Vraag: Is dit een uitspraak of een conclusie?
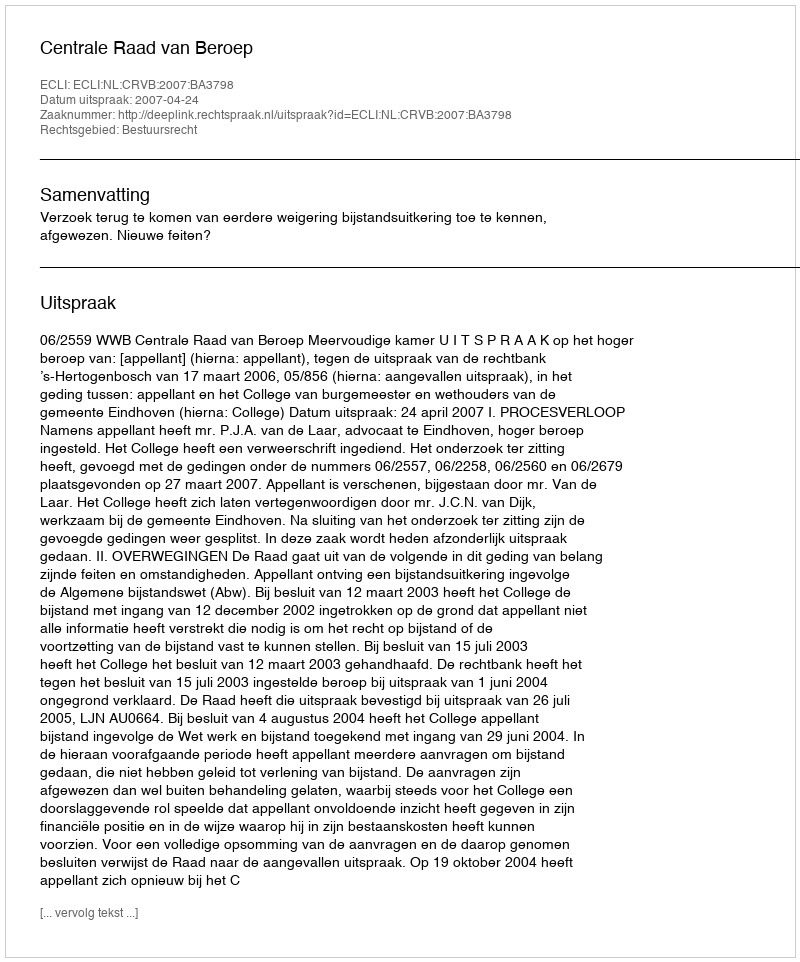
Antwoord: Uitspraak